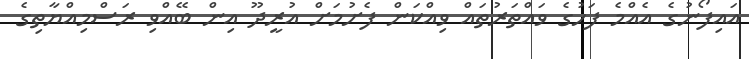
އައިފޯނުގެ އެއްމެ ފަހުގެ ވައްތަރުތައް ވިއްކަން ފެށުމަށް އުރީދޫ އިން ބޭއްވި ރަސްމިއްޔާތިގެ